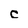
Character: c